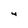
Character: 4